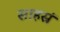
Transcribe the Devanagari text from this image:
साहस्रं